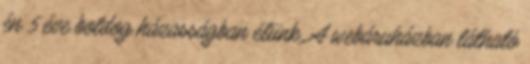
én 5 éve boldog házasságban élünk. A webáruházban látható